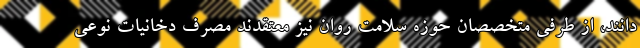
‌دانند، از طرفی متخصصان حوزه سلامت روان نیز معتقدند مصرف دخانیات نوعی